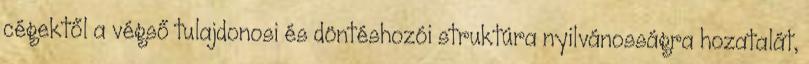
cégektől a végső tulajdonosi és döntéshozói struktúra nyilvánosságra hozatalát,